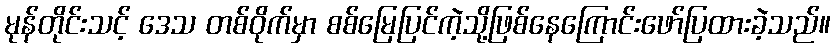
မုန်တိုင်းသင့် ဒေသ တစ်ဝိုက်မှာ စစ်မြေပြင်ကဲ့သို့ဖြစ်နေကြောင်းဖော်ပြထားခဲ့သည်။